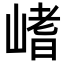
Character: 𡺸